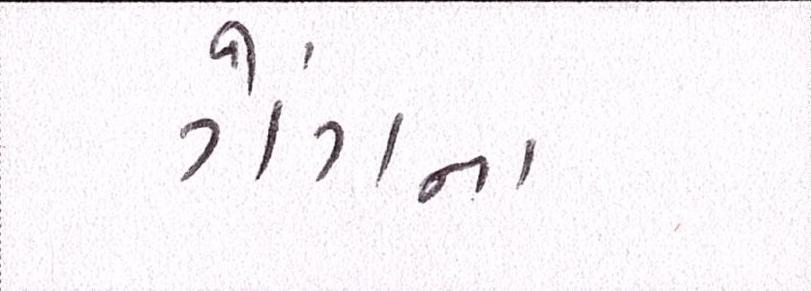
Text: ગેંગના